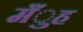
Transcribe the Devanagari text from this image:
मँुह